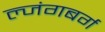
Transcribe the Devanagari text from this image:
ल्जंगबर्ग